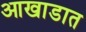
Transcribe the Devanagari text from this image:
आखाडात